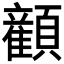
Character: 𬱏